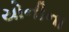
યોનીના